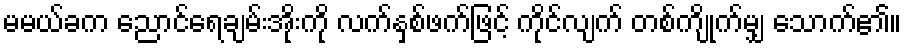
မမယ်ခက ညောင်ရေချမ်းအိုးကို လက်နှစ်ဖက်ဖြင့် ကိုင်လျက် တစ်ကျိုက်မျှ သောက်၏။